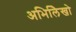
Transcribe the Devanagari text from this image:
अभिलिेखो